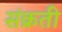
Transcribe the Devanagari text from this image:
संक्रती